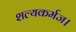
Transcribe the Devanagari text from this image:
शल्यकर्मज।